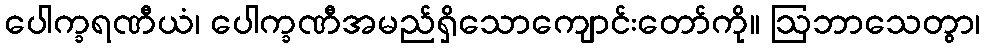
ပေါက္ခရဏီယံ၊ ပေါက္ခဏီအမည်ရှိသောကျောင်းတော်ကို။ ဩဘာသေတွာ၊